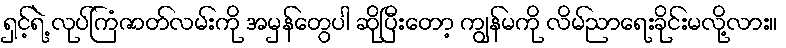
ရှင့်ရဲ့ လုပ်ကြံဇာတ်လမ်းကို အမှန်တွေပါ ဆိုပြီးတော့ ကျွန်မကို လိမ်ညာရေးခိုင်းမလို့လား။